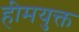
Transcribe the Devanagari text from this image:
हीमयुक्त